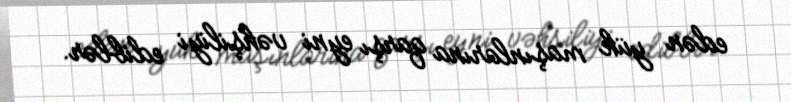
edən yük maşınlarına qarşı eyni vəhşiliyi ediblər.